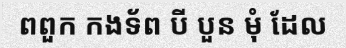
ពពួក កងទ័ព បី បួន មុំ ដែល